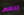
تتخلص